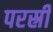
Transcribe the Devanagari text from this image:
परस्री